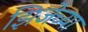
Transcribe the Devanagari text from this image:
झिजेच्या